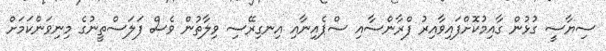
ސިޔާސީ ގުޅުން ގާއިމުކޮށްފައިވާއިރު ފްރާންސާއި ސްޕެއިނާއި އިނގިރޭސި ވިލާތުން ވެސް ފަލަސްތީނުގެ މިނިވަންކަމަށް